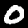
Digit: 0